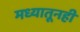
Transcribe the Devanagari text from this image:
मध्यातूनही